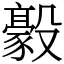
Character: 𣫛